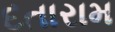
દતારામ